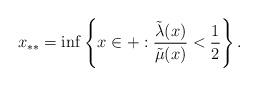
LaTeX: \begin{align*}x_{**}=\inf\left\{x\in\real+ : \frac{\tilde{\lambda}(x)}{\tilde{\mu}(x)}<\frac12\right\}.\end{align*}